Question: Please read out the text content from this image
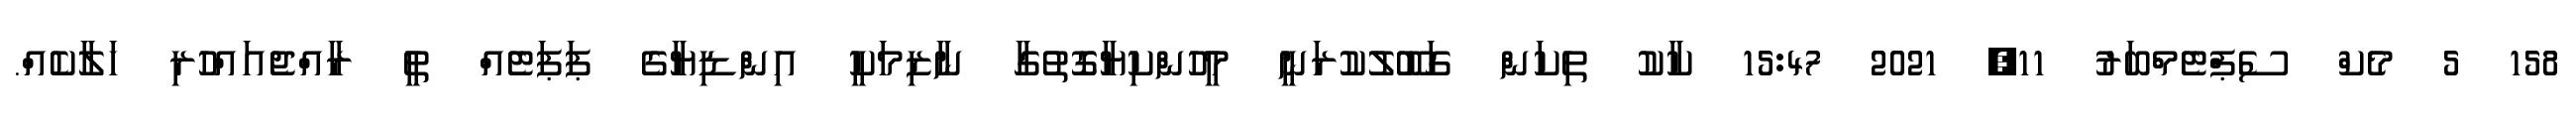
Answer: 158 5 މެކް ސެޕްޓެމްބަރު 11, 2021 15:47 ކާކު ތިކަން ގަބޫލުކުރަނީ މީހުންކިޔާގޮތުގާ ނާޒިމަކީ އިންޑިޔާގެ ޕަޕަޓެއް ތީ ރާއްޖެއައްހުރި ހަލާކެއް.